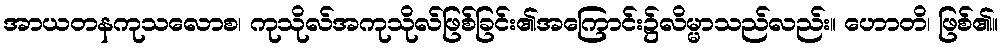
အာယတနကုသလောစ၊ ကုသိုလ်အကုသိုလ်ဖြစ်ခြင်း၏အကြောင်း၌လိမ္မာသည်လည်း။ ဟောတိ၊ ဖြစ်၏။